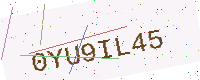
Text: 0YU9IL45